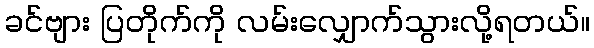
ခင်ဗျား ပြတိုက်ကို လမ်းလျှောက်သွားလို့ရတယ်။